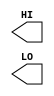
/**
 * Copyright 2020 The SkyWater PDK Authors
 *
 * Licensed under the Apache License, Version 2.0 (the "License");
 * you may not use this file except in compliance with the License.
 * You may obtain a copy of the License at
 *
 *     https://www.apache.org/licenses/LICENSE-2.0
 *
 * Unless required by applicable law or agreed to in writing, software
 * distributed under the License is distributed on an "AS IS" BASIS,
 * WITHOUT WARRANTIES OR CONDITIONS OF ANY KIND, either express or implied.
 * See the License for the specific language governing permissions and
 * limitations under the License.
 *
 * SPDX-License-Identifier: Apache-2.0
 */

`ifndef SKY130_FD_SC_HDLL__CONB_BLACKBOX_V
`define SKY130_FD_SC_HDLL__CONB_BLACKBOX_V

/**
 * conb: Constant value, low, high outputs.
 *
 * Verilog stub definition (black box without power pins).
 *
 * WARNING: This file is autogenerated, do not modify directly!
 */

`timescale 1ns / 1ps
`default_nettype none

(* blackbox *)
module sky130_fd_sc_hdll__conb (
    HI,
    LO
);

    output HI;
    output LO;

    // Voltage supply signals
    supply1 VPWR;
    supply0 VGND;
    supply1 VPB ;
    supply0 VNB ;

endmodule

`default_nettype wire
`endif  // SKY130_FD_SC_HDLL__CONB_BLACKBOX_V